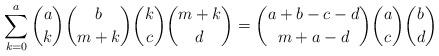
LaTeX: \begin{align*} \sum_{k=0}^a \binom{a}{k}\binom{b}{m+k}\binom{k}{c}\binom{m+k}{d} = \binom{a+b-c-d}{m+a-d}\binom{a}{c}\binom{b}{d}\end{align*}